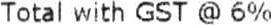
TOTAL WITH GST @ 6%